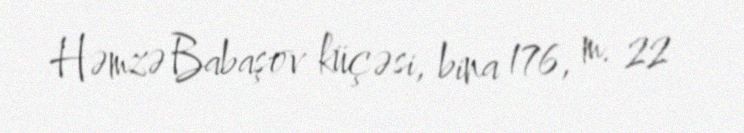
Həmzə Babaşov küçəsi, bina 176, m. 22